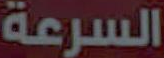
السرعة